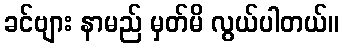
ခင်ဗျား နာမည် မှတ်မိ လွယ်ပါတယ်။